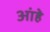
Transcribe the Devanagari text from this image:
आंहे